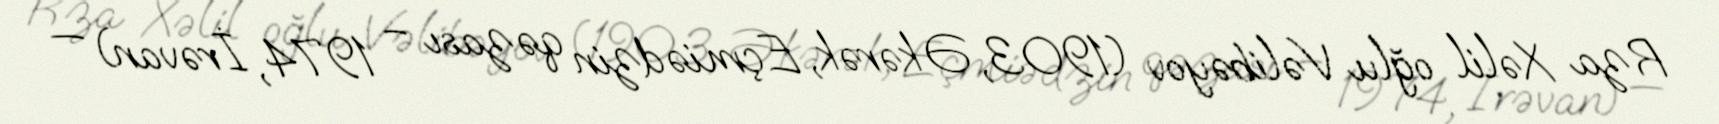
Rza Xəlil oğlu Vəlibəyov (1903, Əkərək, Eçmiədzin qəzası – 1974, İrəvan) —